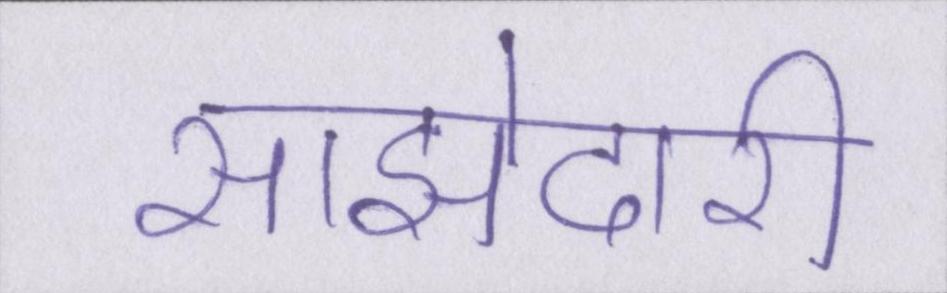
साझेदारी